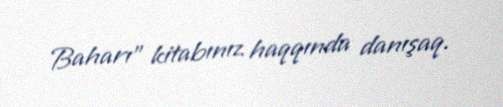
Baharı” kitabınız haqqında danışaq.